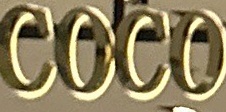
COCO